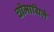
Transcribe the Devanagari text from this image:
चीमायिले